Report of an investigation of the epidemic of malarial fever in Assam, or, kala-azar
Disease focus: Malaria
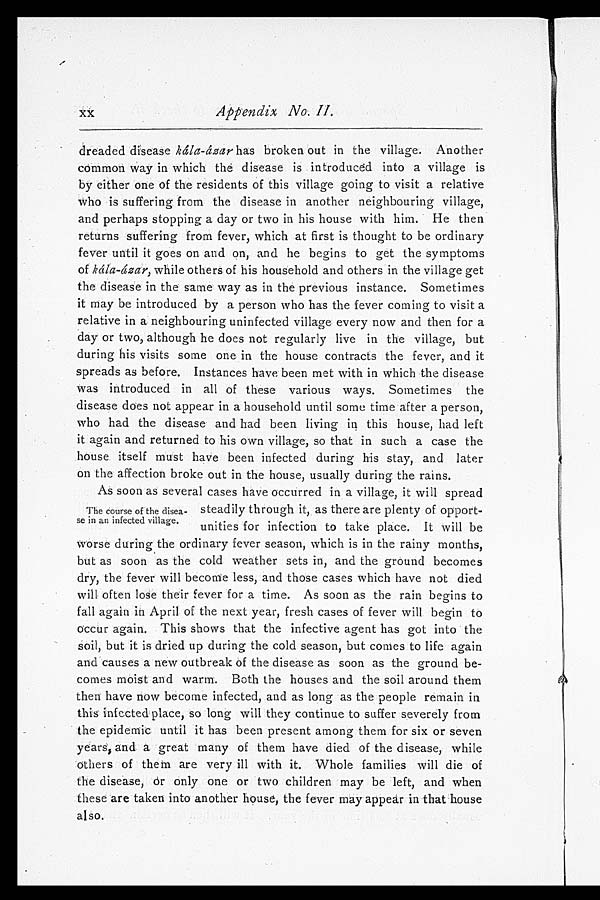
dreaded disease kála-ázar has broken out in the village. Another
common way in which the disease is introduced into a village is
by either one of the residents of this village going to visit a relative
who is suffering from the disease in another neighbouring village,
and perhaps stopping a day or two in his house with him. He then
returns suffering from fever, which at first is thought to be ordinary
fever until it goes on and on, and he begins to get the symptoms
of kála-ázar, while others of his household and others in the village get
the disease in the same way as in the previous instance. Sometimes
it may be introduced by a person who has the fever coming to visit a
relative in a neighbouring uninfected village every now and then for a
day or two, although he does not regularly live in the village, but
during his visits some one in the house contracts the fever, and it
spreads as before. Instances have been met with in which the disease
was introduced in all of these various ways. Sometimes the
disease does not appear in a household until some time after a person,
who had the disease and had been living in this house, had left
it again and returned to his own village, so that in such a case the
house itself must have been infected during his stay, and later
on the affection broke out in the house, usually during the rains.
As soon as several cases have occurred in a village, it will spread
steadily through it, as there are plenty of opport-
unities for infection to take place. It will be
worse during the ordinary fever season, which is in the rainy months,
but as soon as the cold weather sets in, and the ground becomes
dry, the fever will become less, and those cases which have not died
will often lose their fever for a time. As soon as the rain begins to
fall again in April of the next year, fresh cases of fever will begin to
occur again. This shows that the infective agent has got into the
soil, but it is dried up during the cold season, but comes to life again
and causes a new outbreak of the disease as soon as the ground be-
-comes moist and warm. Both the houses and the soil around them
then have now become infected, and as long as the people remain in
this infected place, so long will they continue to suffer severely from
the epidemic until it has been present among them for six or seven
years, and a great many of them have died of the disease, while
others of them are very ill with it. Whole families will die of
the disease, or only one or two children may be left, and when
these are taken into another house, the fever may appear in that house
also.
The course of the disea-
-se in an infected village.